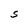
Character: S